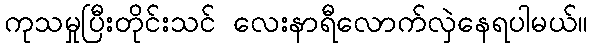
ကုသမှုပြီးတိုင်းသင် လေးနာရီလောက်လှဲနေရပါမယ်။